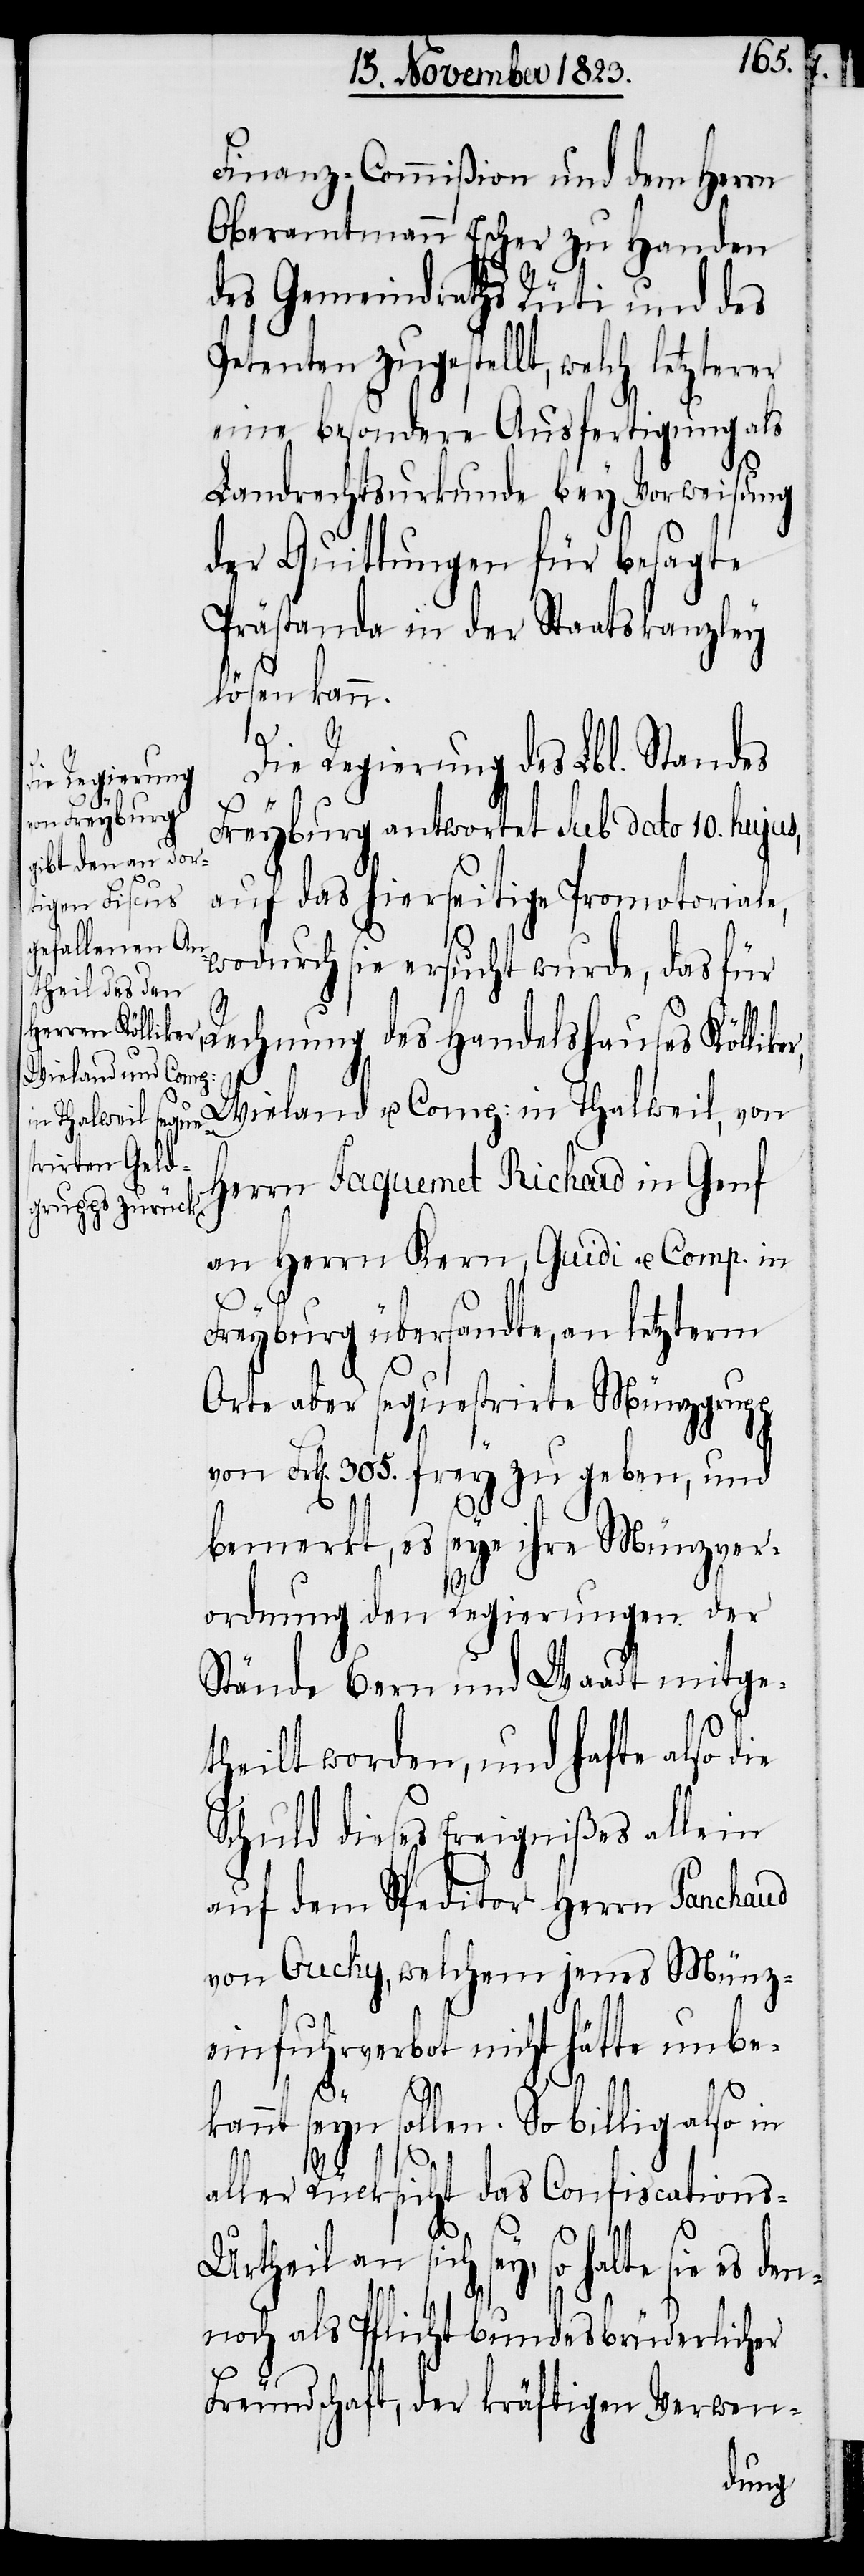
Finanz-Commißion und dem Herrn
Oberamtmann Escher zu Handen
des Gemeindraths Rüti und des
Petenten zugestellt, welch letzterer
eine besondere Ausfertigung als
Landrechtsurkunde bey Vorweisung
der Quittungen für besagte
Prästanda in der Staatskanzley
lösen kann.
Die Regierung des Lbl. Standes
Freyburg antwortet sub dato 10. hujus,
auf das hierseitige Promotoriale,
wodurch sie ersucht wurde, das für
Rechnung des Handelshauses Köllik¬
Wieland u. Comp: in Thalweil, von
Herrn Jaquemet Richard in Genf
an Herrn Kern, Guidi u. Comp. in
Freyburg übersandte, an letzterm
Orte aber sequestrirte Münzgrupp
von Frk[en]. 305. frey zu geben, und
bemerkt, es seye ihre Münzver¬
ordnung den Regierungen der
Stände Bern und Waadt mitge¬
theilt worden, und hafte also die
Schuld dieses Ereignißes allein
auf dem Speditor Herrn Panchaud
von Ouchy, welchem jenes Münz¬
einfuhrverbot nicht hätte unbe¬
er,
kannt seyn sollen. So billig also in
aller Rücksicht das Confiscation¬
s-Urtheil an sich sey, so halte sie es den¬
noch als Pflicht bundesbrüderlicher
Freundschaft, der kräftigen Verwen-